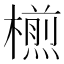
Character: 𣜭